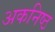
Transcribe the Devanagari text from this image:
अकनिष्ठ